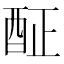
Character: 𨠣